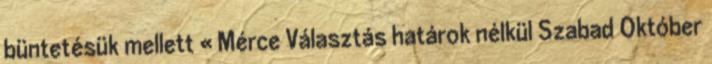
büntetésük mellett « Mérce Választás határok nélkül Szabad Október